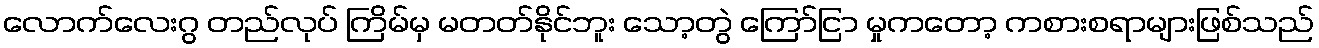
လောက်လေးဂွ တည်လုပ် ကြိမ်မှ မတတ်နိုင်ဘူး သော့တွဲ ကြော်ငြာ မှုကတော့ ကစားစရာများဖြစ်သည်